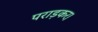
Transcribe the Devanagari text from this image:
पराड़कर।